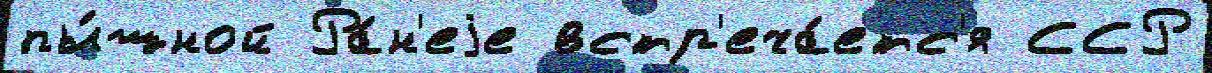
пы́шной Ра́н'еjе встр'еча́етс'я ССР